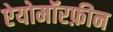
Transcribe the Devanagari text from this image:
ऐयोमॉरफ़ीन